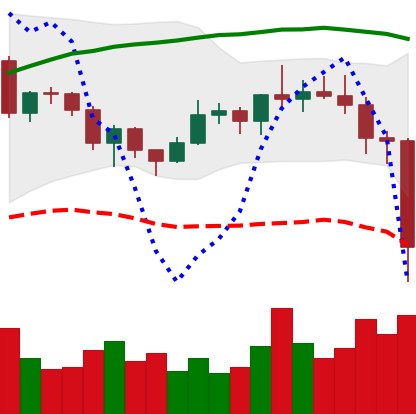
Ticker: NEO-USD
Chart end date: 2020-12-23
Forward return: 15.955%
Label: up_7plus